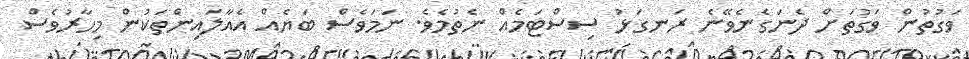
ވަގުތުން ވަގުތަށް ދެނަގެނެވޭނެ ރަނގަޅު ސިސްޓަމެއް ނެތުމެވެ. ނަމަވެސް ބަޔެއް އެއާލައިންތަކުން މިހާރުވެސް